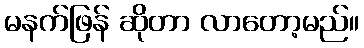
မနက်ဖြန် ဆိုတာ လာတော့မည်။